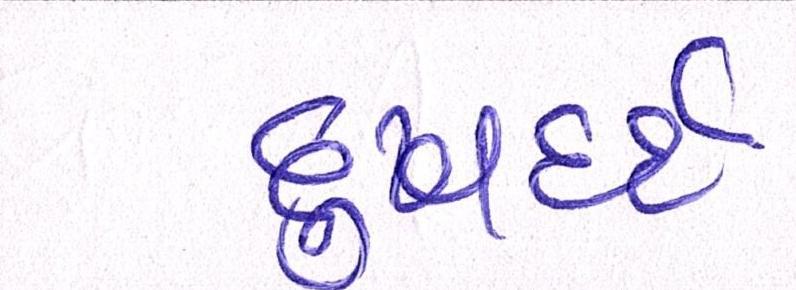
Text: દુઃખદર્દ